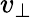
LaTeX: v_{\bot}